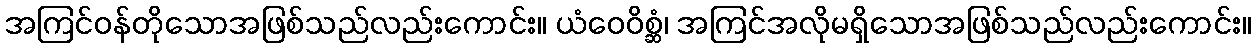
အကြင်ဝန်တိုသောအဖြစ်သည်လည်းကောင်း။ ယံဝေဝိစ္ဆံ၊ အကြင်အလိုမရှိသောအဖြစ်သည်လည်းကောင်း။